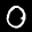
Label: 0